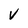
Character: V